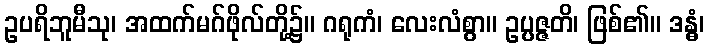
ဥပရိဘူမီသု၊ အထက်မဂ်ဖိုလ်တို့၌။ ဂရုကံ၊ လေးလံစွာ။ ဥပ္ပဇ္ဇတိ၊ ဖြစ်၏။ ဒန္ဓံ၊